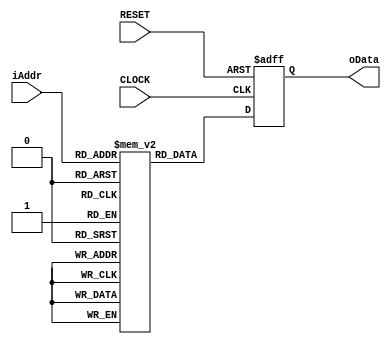
module vga_savemod
(
    input CLOCK, RESET,
	 input [13:0]iAddr,
	 output [15:0]oData
);
    (* ramstyle = "no_rw_check , m9k" , ram_init_file = "pikachu_128x96_16_msb.mif" *) 
	 reg [15:0] RAM[12287:0]; 
	 reg [15:0]D1;
	 
	 always @ ( posedge CLOCK or negedge RESET )
	     if( !RESET )
		      D1 <= 16'd0;
		  else 
		      D1 <= RAM[ iAddr ];
	 
	 assign oData = D1;

endmodule